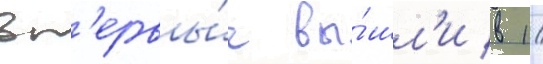
вп'ервы́е вы́шл'и в 1/